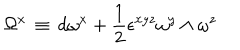
\Omega ^ { x } \, \equiv \, d \omega ^ { x } + { \frac { 1 } { 2 } } \epsilon ^ { x y z } \omega ^ { y } \wedge \omega ^ { z }